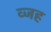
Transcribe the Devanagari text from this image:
व्जह